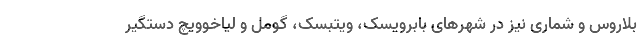
بلاروس و شماری نیز در شهرهای بابرویسک، ویتبسک، گومل و لیاخوویچ دستگیر